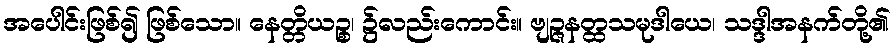
အပေါင်းဖြစ်၍ ဖြစ်သော။ နေတ္တိယဉ္စ၊ ၌လည်းကောင်း။ ဗျဉ္ဇနတ္ထသမုဒါယေ၊ သဒ္ဒါအနက်တို့၏